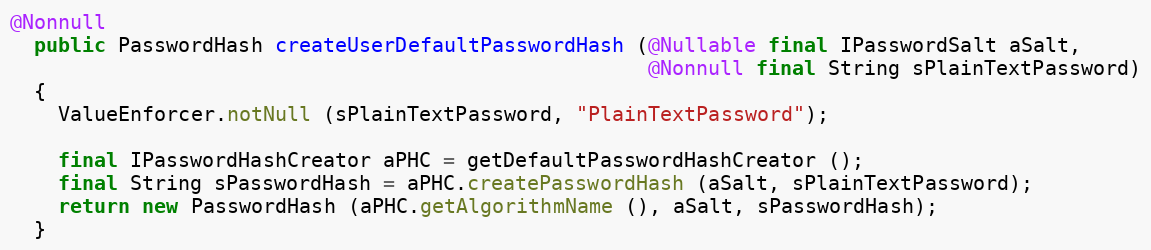
Language: Java
@Nonnull
  public PasswordHash createUserDefaultPasswordHash (@Nullable final IPasswordSalt aSalt,
                                                     @Nonnull final String sPlainTextPassword)
  {
    ValueEnforcer.notNull (sPlainTextPassword, "PlainTextPassword");

    final IPasswordHashCreator aPHC = getDefaultPasswordHashCreator ();
    final String sPasswordHash = aPHC.createPasswordHash (aSalt, sPlainTextPassword);
    return new PasswordHash (aPHC.getAlgorithmName (), aSalt, sPasswordHash);
  }